Vaccination United Provinces of Agra and Oudh 1923-1928 - 1923-1928
Year: 1923
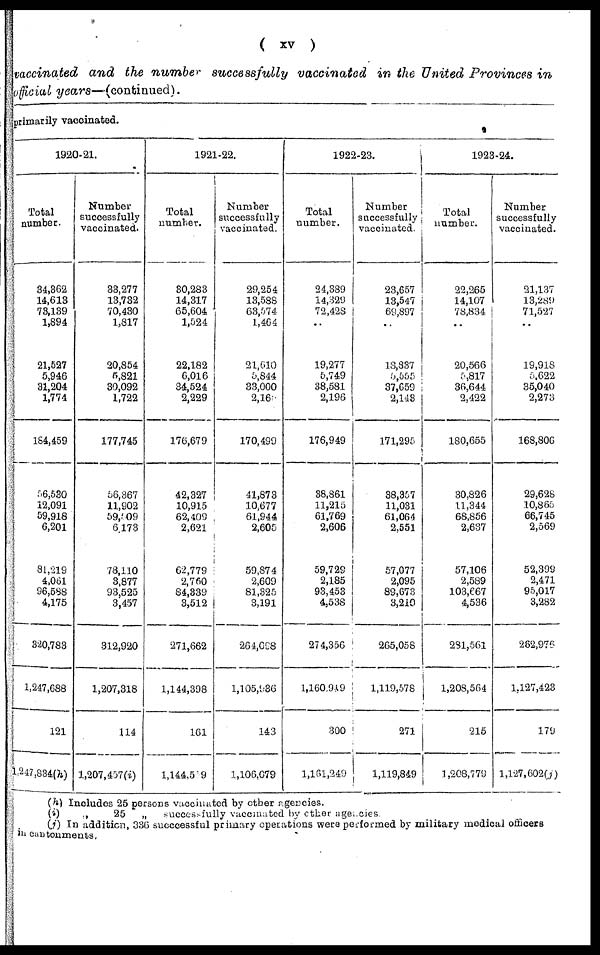
( xv )
vaccinated and the number successfully vaccinated in the United Provinces in
official years—(continued).
primarily vaccinated.
1920-21.
Total
number.
34,362
14,613
73,139
1,894
21,527
5,946
31,204
1,774
184,459
56,530
12,091
59,918
6,201
81,219
4,061
96,588
4,175
320,783
1,247,688
121
1,247,884(h)
Number
successfully
vaccinated.
33,277
13,732
70,430
1,817
20,854
5,821
30,092
1,722
177,745
56,367
11,902
59,509
6,173
78,110
3,877
93,525
3,457
312,920
1,207,318
114
1,207,457(i)
1921-22.
Total
number.
30,283
14,317
65,604
1,524
22,182
6,016
34,524
2,229
176,679
42,327
10,915
62,409
2,621
62,779
2,760
84,339
3,512
271,662
1,144,398
161
1,144,559
Number
successfully
vaccinated.
29,254
13,588
63,574
1,464
21,610
5,844
33,000
2,16
170,499
41,873
10,677
61,944
2,605
59,874
2,609
81,325
3,191
264,098
1,105,936
143
1,106,679
1922-23.
Total
number.
24,389
14,329
72,428
..
19,277
5,749
38,581
2,196
176,949
38,861
11,215
61,769
2,606
59,729
2,185
93,453
4,538
274,356
1,160,949
300
1,161,249
Number
successfully
vaccinated.
23,657
13,547
69,897
..
18,837
5,555
37,659
2,143
171,295
38,357
11,031
61,064
2,551
57,077
2,095
89,673
3,210
265,058
1,119,578
271
1,119,849
1923-24.
Total
number.
22,265
14,107
78,834
..
20,566
5,817
36,644
2,422
180,655
30,826
11,344
68,856
2,637
57,106
2,589
103,667
4,536
281,561
1,208,564
215
1,208,779
Number
successfully
vaccinated.
21,137
13,289
71,527
..
19,918
5,622
35,040
2,273
168,806
29,628
10,865
66,745
2,569
52,399
2,471
95,017
3,282
282,976
1,127,423
179
1,127,602(j)
(h)
(i)
(j)
Includes 25 persons vaccinated by other agencies.
„
25
„
successfully vaccinated by other agencies.
In addition, 336 succcessful primary operations were performed by military medical officers
in cantonments.